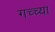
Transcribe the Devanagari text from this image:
गच्च्या